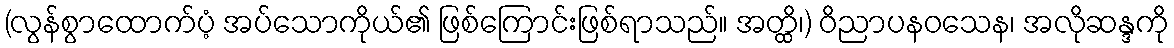
(လွန်စွာထောက်ပံ့ အပ်သောကိုယ်၏ ဖြစ်ကြောင်းဖြစ်ရာသည်။ အတ္ထိ၊) ဝိညာပနဝသေန၊ အလိုဆန္ဒကို